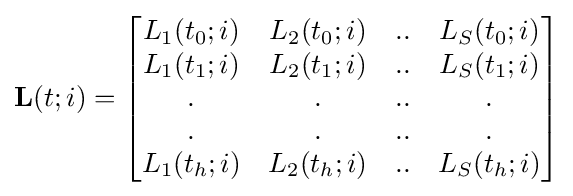
\mathbf {L} (t;i)={\begin{bmatrix}L_{1}(t_{0};i)&L_{2}(t_{0};i)&..&L_{S}(t_{0};i)\\L_{1}(t_{1};i)&L_{2}(t_{1};i)&..&L_{S}(t_{1};i)\\.&.&..&.\\.&.&..&.\\L_{1}(t_{h};i)&L_{2}(t_{h};i)&..&L_{S}(t_{h};i)\end{bmatrix}}